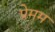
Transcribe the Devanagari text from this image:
प्रेमम